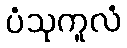
ပံသုကူလံ